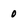
Character: 0